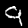
Label: 9